Civil Veterinary Dept. North-West Frontier Province 1923-32 - 1923-1932
Year: 1923
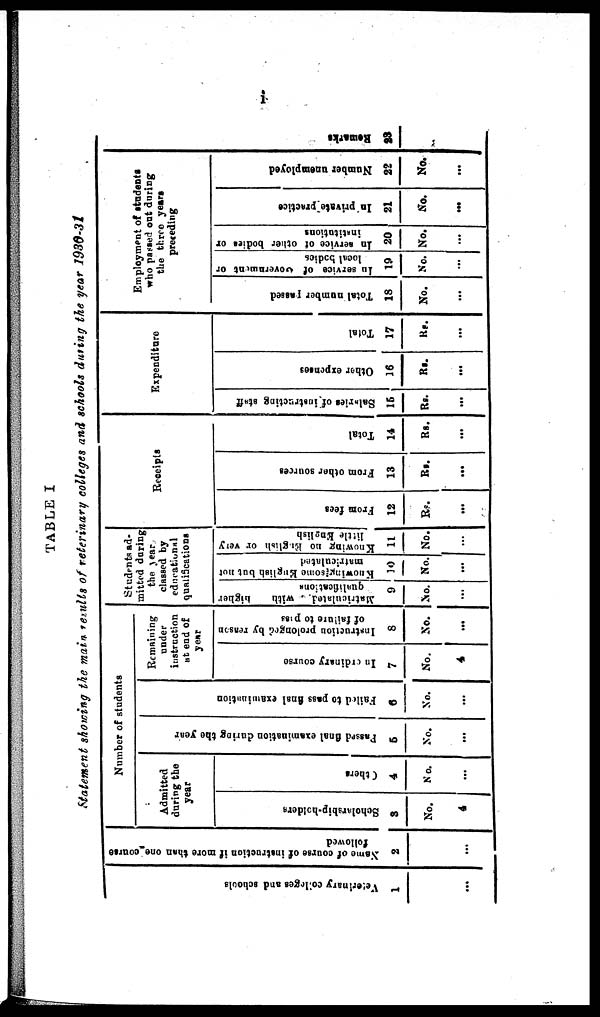
i
TABLE I
Statement showing the main results of veterinary colleges and schools during the year 1930-31
Veterinary
colleges and schools
1
...
Name of course of instruction if more than one course
followed
2
...
Number of students
Admitted
during the
year
Scholarship-holders
3
No.
4
Others
4
No.
...
Passed final examination during
the year
5
No.
...
Failed to pass final examination
6
No.
...
Remaining
under
instruction
at end of
year
In ordinary course
7
No.
4
Instruction
prolonged by reason
of failure to pass
8
No.
...
Students ad-
mitted during
the year
classed by
educational
qualifications
Matriculated
with
higher
qualifications
9
No.
...
Knowing some English but not
matriculated
10
No.
...
Knowing no English or very
little English
11
No.
...
Receipts
From fees
12
Rs.
...
From other sources
13
Rs.
...
Total
14
Rs.
...
Expenditure
Salaries
of instructing staff
15
Rs.
...
Other expenses
16
Rs.
...
Total
17
Rs.
...
Employment of students
who passed out during
the three years
preceding
Total number passed
18
No.
...
In service of Government or
local bodies
19
No.
...
In
service of other
bodies or
institutions
20
No.
...
In private practice
21
No.
...
Number unemployed
22
No.
...
Remarks
23